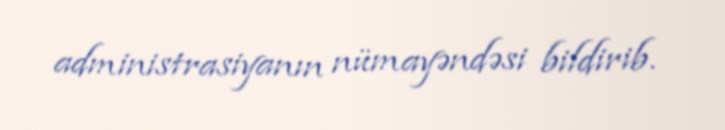
administrasiyanın nümayəndəsi bildirib.